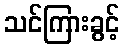
သင်ကြားခွင့်